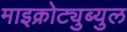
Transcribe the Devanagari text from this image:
माइक्रोट्युब्युल